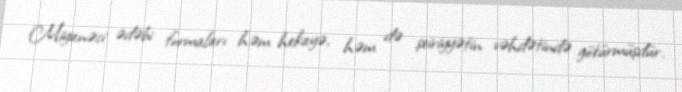
Miyanəci ədəbi formaları həm hekayə, həm də şeiriyyətin vəhdətində götürmüşdür.